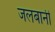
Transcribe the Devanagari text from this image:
जलबानी